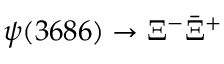
\psi ( 3 6 8 6 ) \to \Xi ^ { - } \bar { \Xi } ^ { + }